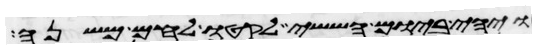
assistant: ויהי ביום הששי לקטו לחם משנה